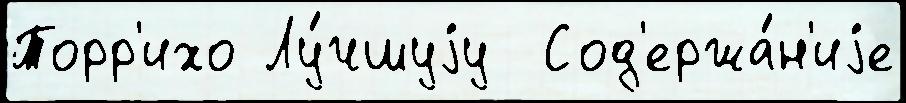
Торр'ихо Лу́чшуjу  Сод'ержа́н'иjе